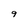
Character: 9